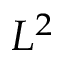
L ^ { 2 }